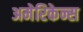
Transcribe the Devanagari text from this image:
अमेरिकेन्स